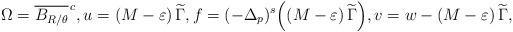
LaTeX: \begin{align*}\Omega=\overline{B_{R/\theta}}^{\,c},u=(M-\varepsilon)\,\widetilde \Gamma,f= (-\Delta_p)^s\Big((M-\varepsilon)\,\widetilde\Gamma\Big) ,v=w-(M-\varepsilon)\,\widetilde \Gamma,\end{align*}